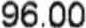
96.00